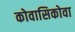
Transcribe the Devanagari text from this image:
कोवासिकोवा